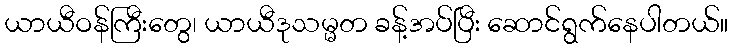
ယာယီဝန်ကြီးတွေ၊ ယာယီဒုသမ္မတ ခန့်အပ်ပြီး ဆောင်ရွက်နေပါတယ်။